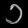
Digit: ၁